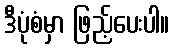
ဒီပုံစံမှာ ဖြည့်ပေးပါ။